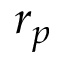
r _ { p }